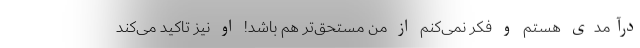
درآمدی هستم و فکر نمی‌کنم از من مستحق‌تر هم باشد! او نیز تاکید می‌کند